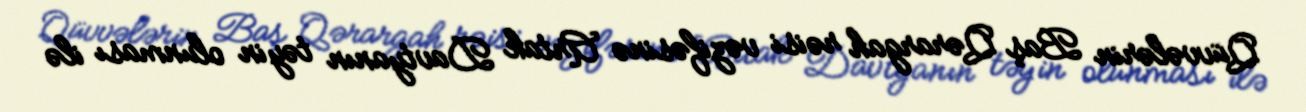
Qüvvələrin Baş Qərargah rəisi vəzifəsinə Artak Davtyanın təyin olunması ilə